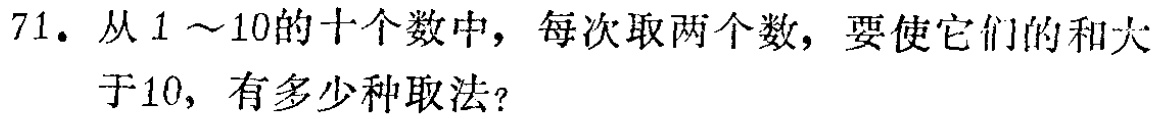
71. 从\(1\sim10\)的十个数中，每次取两个数，要使它们的和大于\(10\)，有多少种取法？